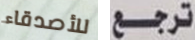
للأصدقاء ترجع